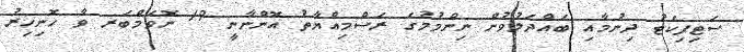
ސަޓިފިކެޓު ދިނުމާއި ބައްދަލުވުން ނިންމުމުގެ ރަސްމިއްޔާތު އޮންނާނީ 19 ނޮވެމްބަރ ވާ ހޮނިހިރު